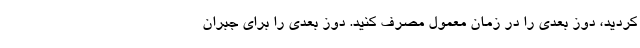
کردید، دوز بعدی را در زمان معمول مصرف کنید. دوز بعدی را برای جبران